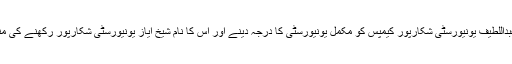
کابینہ نے شاہ عبداللطیف یونیورسٹی شکارپور کیمپس کو مکمل یونیورسٹی کا درجہ دینے اور اس کا نام شیخ ایاز یونیورسٹی شکارپور رکھنے کی منظوری دے دی۔